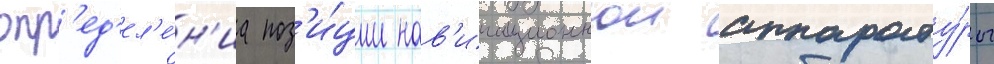
опр'ед'ел'е́н'иа поз'и́ции нав'игационнои аппарату́ры